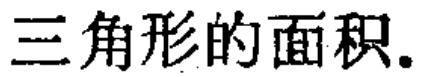
三角形的面积.